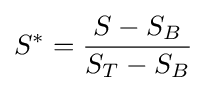
S^{*}={\frac {S-S_{B}}{S_{T}-S_{B}}}